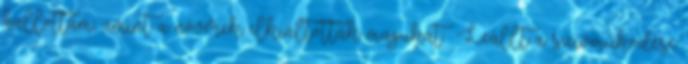
hallottam, amint a nővérek elkiáltották magukat: »Leállt a szívműködése